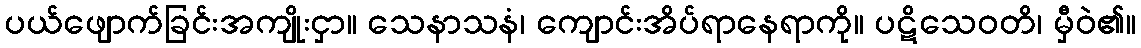
ပယ်ဖျောက်ခြင်းအကျိုးငှာ။ သေနာသနံ၊ ကျောင်းအိပ်ရာနေရာကို။ ပဋိသေဝတိ၊ မှီဝဲ၏။